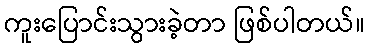
ကူးပြောင်းသွားခဲ့တာ ဖြစ်ပါတယ်။